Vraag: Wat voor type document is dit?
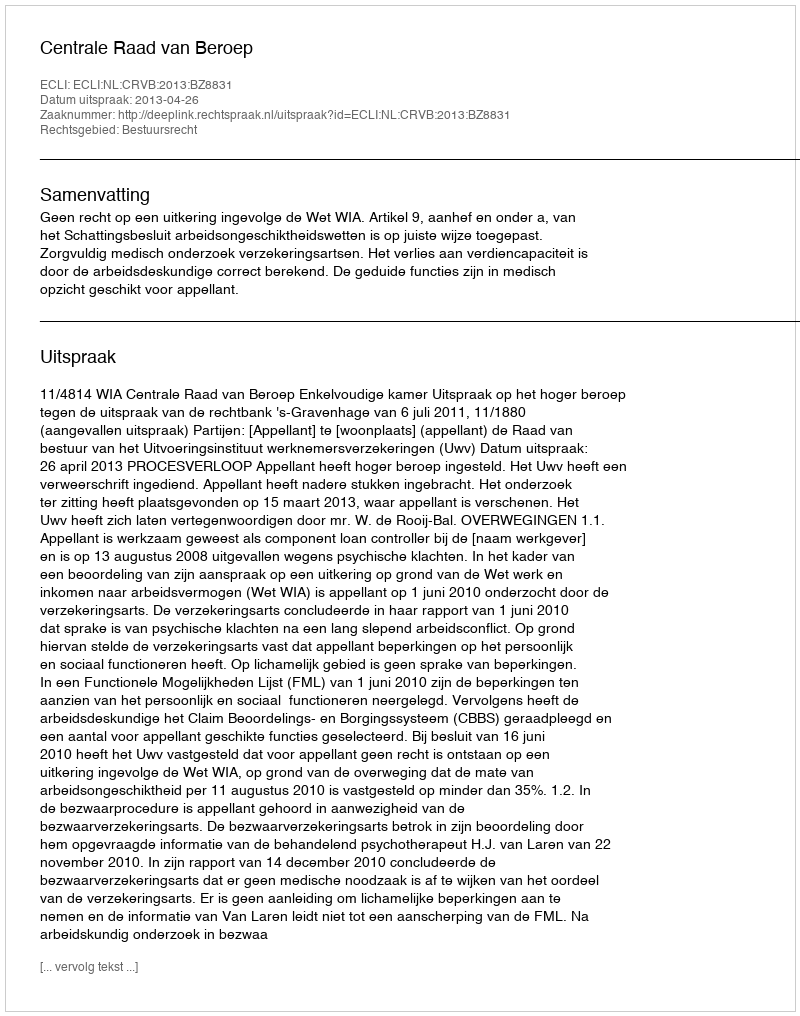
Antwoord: Uitspraak